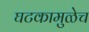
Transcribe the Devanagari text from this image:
घटकामुळेच